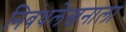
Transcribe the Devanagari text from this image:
निबंधलेखनाला